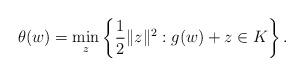
LaTeX: \begin{align*}\theta(w)=\displaystyle\min_{z} \left\{ \displaystyle \frac{1}{2}\|z\|^2: g(w)+z \in K\right\}.\end{align*}